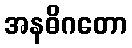
အနဓိဂတော